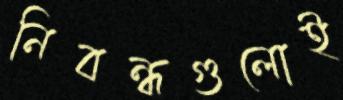
নিবন্ধগুলোই